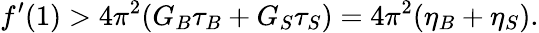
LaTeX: f^{\prime}(1)>4\pi^{2}(G_{B}\tau_{B}+G_{S}\tau_{S})=4\pi^{2}(\eta_{B}+\eta_{S}).